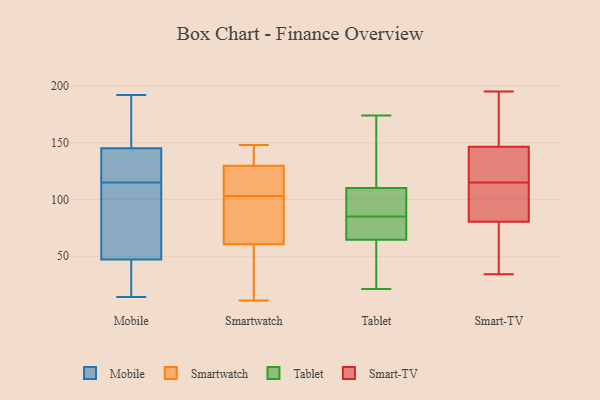
{"axis": {"x": "Active Users", "y": "Value"}, "legend": ["Mobile", "Smart-TV", "Smartwatch", "Tablet"], "data": [{"x": "", "y": 33, "type": "Mobile"}, {"x": "", "y": 53, "type": "Mobile"}, {"x": "", "y": 109, "type": "Mobile"}, {"x": "", "y": 133, "type": "Mobile"}, {"x": "", "y": 160, "type": "Mobile"}, {"x": "", "y": 145, "type": "Mobile"}, {"x": "", "y": 192, "type": "Mobile"}, {"x": "", "y": 14, "type": "Mobile"}, {"x": "", "y": 137, "type": "Mobile"}, {"x": "", "y": 94, "type": "Mobile"}, {"x": "", "y": 177, "type": "Mobile"}, {"x": "", "y": 121, "type": "Mobile"}, {"x": "", "y": 47, "type": "Mobile"}, {"x": "", "y": 38, "type": "Mobile"}, {"x": "", "y": 117, "type": "Smartwatch"}, {"x": "", "y": 127, "type": "Smartwatch"}, {"x": "", "y": 138, "type": "Smartwatch"}, {"x": "", "y": 71, "type": "Smartwatch"}, {"x": "", "y": 115, "type": "Smartwatch"}, {"x": "", "y": 14, "type": "Smartwatch"}, {"x": "", "y": 11, "type": "Smartwatch"}, {"x": "", "y": 144, "type": "Smartwatch"}, {"x": "", "y": 148, "type": "Smartwatch"}, {"x": "", "y": 116, "type": "Smartwatch"}, {"x": "", "y": 98, "type": "Smartwatch"}, {"x": "", "y": 61, "type": "Smartwatch"}, {"x": "", "y": 103, "type": "Smartwatch"}, {"x": "", "y": 52, "type": "Smartwatch"}, {"x": "", "y": 59, "type": "Smartwatch"}, {"x": "", "y": 69, "type": "Smartwatch"}, {"x": "", "y": 143, "type": "Smartwatch"}, {"x": "", "y": 86, "type": "Tablet"}, {"x": "", "y": 51, "type": "Tablet"}, {"x": "", "y": 21, "type": "Tablet"}, {"x": "", "y": 68, "type": "Tablet"}, {"x": "", "y": 174, "type": "Tablet"}, {"x": "", "y": 61, "type": "Tablet"}, {"x": "", "y": 159, "type": "Tablet"}, {"x": "", "y": 84, "type": "Tablet"}, {"x": "", "y": 171, "type": "Tablet"}, {"x": "", "y": 57, "type": "Tablet"}, {"x": "", "y": 71, "type": "Tablet"}, {"x": "", "y": 79, "type": "Tablet"}, {"x": "", "y": 100, "type": "Tablet"}, {"x": "", "y": 91, "type": "Tablet"}, {"x": "", "y": 109, "type": "Tablet"}, {"x": "", "y": 111, "type": "Tablet"}, {"x": "", "y": 195, "type": "Smart-TV"}, {"x": "", "y": 149, "type": "Smart-TV"}, {"x": "", "y": 81, "type": "Smart-TV"}, {"x": "", "y": 34, "type": "Smart-TV"}, {"x": "", "y": 80, "type": "Smart-TV"}, {"x": "", "y": 148, "type": "Smart-TV"}, {"x": "", "y": 95, "type": "Smart-TV"}, {"x": "", "y": 46, "type": "Smart-TV"}, {"x": "", "y": 74, "type": "Smart-TV"}, {"x": "", "y": 96, "type": "Smart-TV"}, {"x": "", "y": 142, "type": "Smart-TV"}, {"x": "", "y": 116, "type": "Smart-TV"}, {"x": "", "y": 115, "type": "Smart-TV"}, {"x": "", "y": 190, "type": "Smart-TV"}, {"x": "", "y": 130, "type": "Smart-TV"}]}